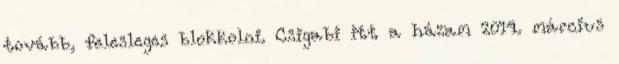
tovább, felesleges blokkolni. Csigabi itt a házam 2014. március